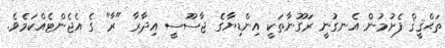
ތަޙްޤީޤް ފެށުމުން އެނގުނީ ރަގޫނާތަކީ އިންޑިޔާގެ ޖާސޫސީ އިދާރާ "ރާ" ގެ އެޖެންޓެއްކަމެވެ.